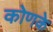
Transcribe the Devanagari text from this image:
कोणके